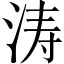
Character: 涛